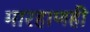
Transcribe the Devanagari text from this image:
मारहाणही